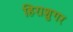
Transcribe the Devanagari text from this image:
हिराशुगर